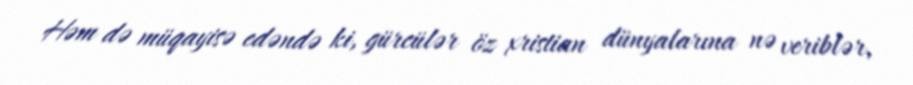
Həm də müqayisə edəndə ki, gürcülər öz xristian dünyalarına nə veriblər,